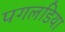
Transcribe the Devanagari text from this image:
पगलडिया